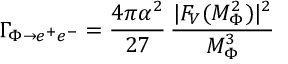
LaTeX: \Gamma _ { \Phi \rightarrow e ^ { + } e ^ { - } } = \frac { 4 \pi \alpha ^ { 2 } } { 2 7 } \, \frac { | F _ { V } ( M _ { \Phi } ^ { 2 } ) | ^ { 2 } } { M _ { \Phi } ^ { 3 } }